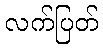
လက်ပြတ်